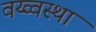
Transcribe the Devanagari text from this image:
वय्व्वस्था